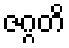
ဇဂ္ဂတိ